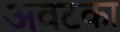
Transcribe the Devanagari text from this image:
अवटका